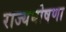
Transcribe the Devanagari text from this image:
राज्यघोषणा